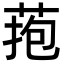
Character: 菢